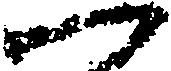
一